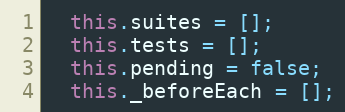
Language: JavaScript
  this.suites = [];
  this.tests = [];
  this.pending = false;
  this._beforeEach = [];